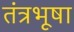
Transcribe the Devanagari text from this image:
तंत्रभूषा